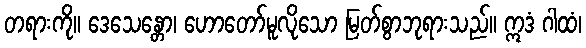
တရားကို။ ဒေသေန္တော၊ ဟောတော်မူလိုသော မြတ်စွာဘုရားသည်။ ဣဒံ ဂါထံ၊